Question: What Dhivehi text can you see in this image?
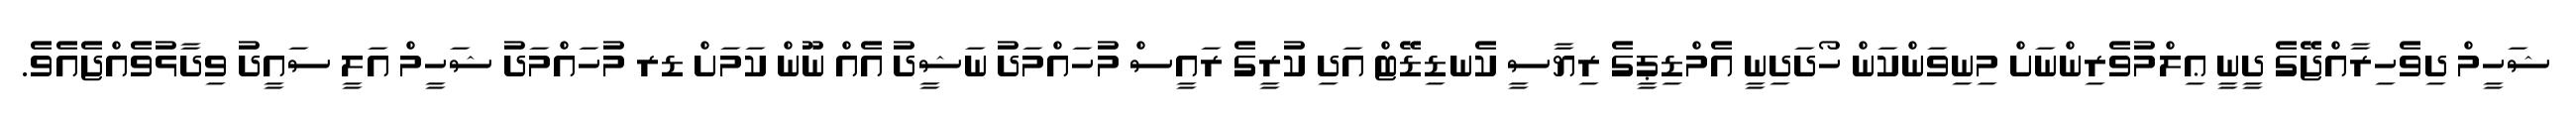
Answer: ޝަހީމް ދިވެހިރާއްޖޭގެ ދީނީ ޢިލްމުވެރިންނަށް މިނިވަންކަން ހޯދަދިނީ އެމްޑިޕީގެ ރިޔާސީ ކެނޑިޑޭޓް އަދި ކުރީގެ ރައީސް މުހައްމަދު ނަޝީދު އެއް ނޫން ކަމަށް ޑރ މުހައްމަދު ޝަހީމް އަލީ ސައީދު ވިދާޅުވެއްޖެއެވެ.